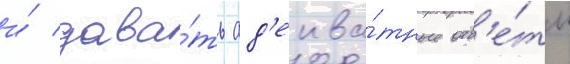
и́ дава́ть ад'еква́тные отв'е́ты